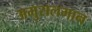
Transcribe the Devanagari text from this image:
अमुसलमान